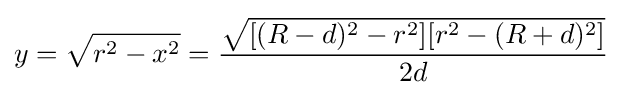
y={\sqrt {r^{2}-x^{2}}}={\frac {\sqrt {[(R-d)^{2}-r^{2}][r^{2}-(R+d)^{2}]}}{2d}}